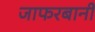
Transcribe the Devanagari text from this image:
जाफरबानी